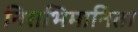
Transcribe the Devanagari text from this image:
निराभिमानिता